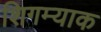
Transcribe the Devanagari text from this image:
शिगम्याक